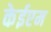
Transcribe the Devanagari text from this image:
केईएम